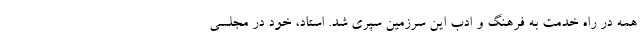
همه در راه خدمت به فرهنگ و ادب این سرزمین سپری شد. استاد، خود در مجلسی